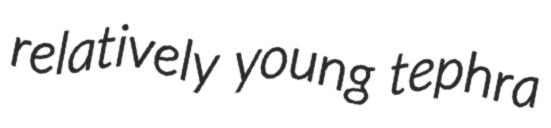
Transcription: relatively young tephra